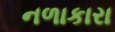
નળાકારા